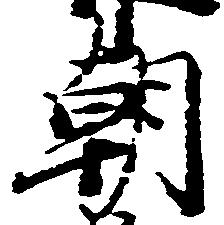
朝